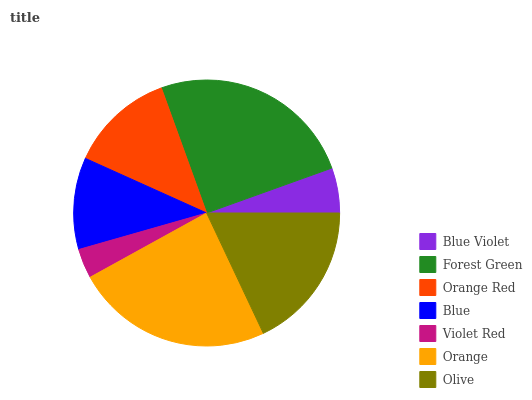
| Blue Violet | Forest Green | Orange Red | Blue | Violet Red | Orange | Olive |
 | --- | --- | --- | --- | --- | --- | --- |
 | 5.48% | 25% | 12.8% | 11.2% | 3.6% | 24% | 18% |